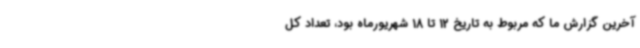
آخرین گزارش ما که مربوط به تاریخ 12 تا 18 شهریورماه بود، تعداد کل